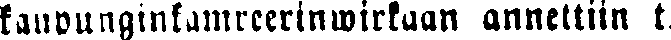
kaupunginkamreerinwirkaan annettiin t.